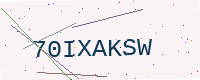
Text: 70IXAKSW